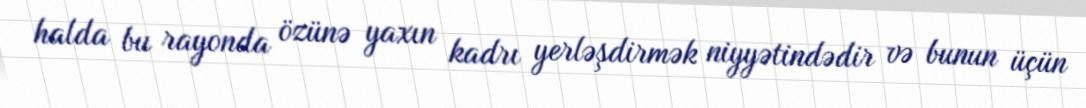
halda bu rayonda özünə yaxın kadrı yerləşdirmək niyyətindədir və bunun üçün